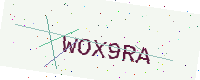
Text: WOX9RA